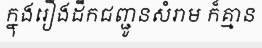
ក្នុងរឿងដឹកជញ្ជូនសំរាម ក៏គ្មាន